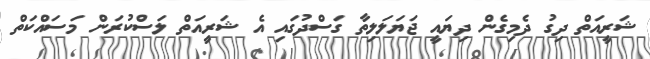
ޝަރީއަތް ދިގު ދެމިގެން ދިޔައީ ޖަޔަލަލިތާ ގަސްދުގައި އެ ޝަރީއަތް ލަސްކުރަން މަސައްކަތް